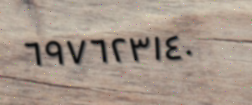
٦٩٧٦٢٣١٤٠